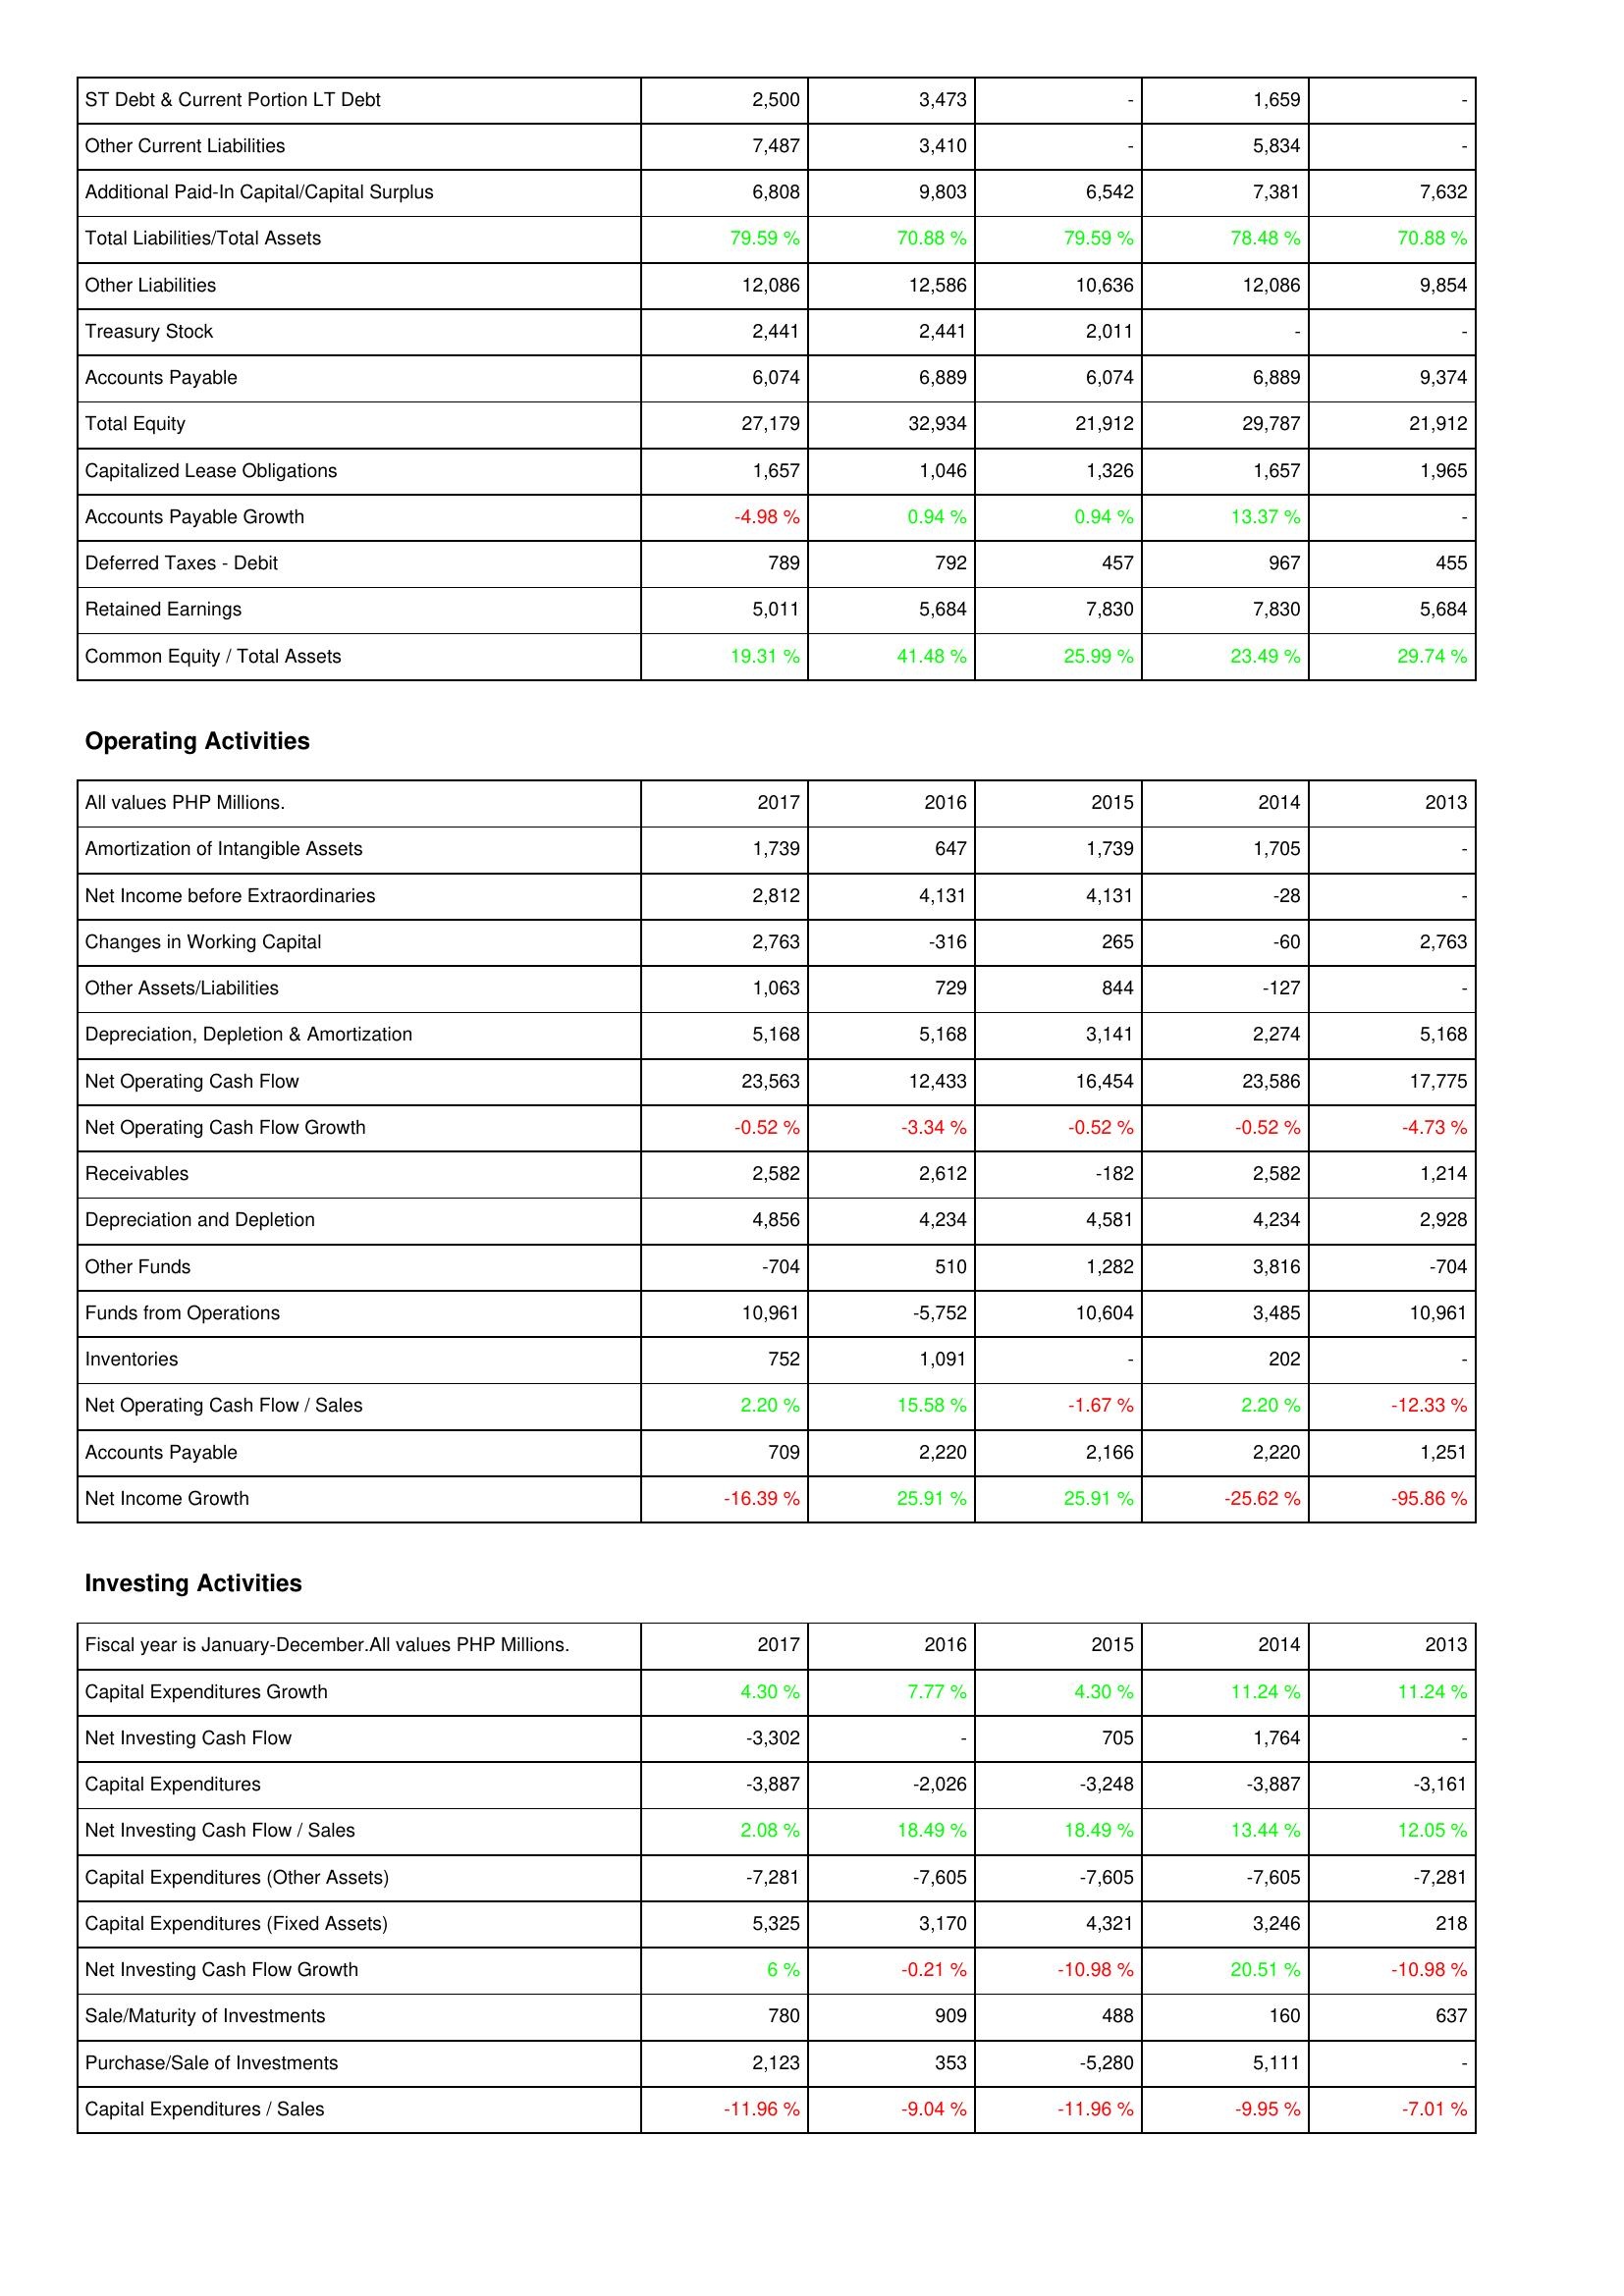
2017: Liabilities & Shareholders' Equity: ST Debt & Current Portion LT Debt: 2,500
Other Current Liabilities: 7,487
Additional Paid-In Capital/Capital Surplus: 6,808
Total Liabilities/Total Assets: 79.59 %
Other Liabilities: 12,086
Treasury Stock: 2,441
Accounts Payable: 6,074
Total Equity: 27,179
Capitalized Lease Obligations: 1,657
Accounts Payable Growth: -4.98 %
Deferred Taxes - Debit: 789
Retained Earnings: 5,011
Common Equity / Total Assets: 19.31 %
Operating Activities: Amortization of Intangible Assets: 1,739
Net Income before Extraordinaries: 2,812
Changes in Working Capital: 2,763
Other Assets/Liabilities: 1,063
Depreciation, Depletion & Amortization: 5,168
Net Operating Cash Flow: 23,563
Net Operating Cash Flow Growth: -0.52 %
Receivables: 2,582
Depreciation and Depletion: 4,856
Other Funds: -704
Funds from Operations: 10,961
Inventories: 752
Net Operating Cash Flow / Sales: 2.20 %
Accounts Payable: 709
Net Income Growth: -16.39 %
Investing Activities: Capital Expenditures Growth: 4.30 %
Net Investing Cash Flow: -3,302
Capital Expenditures: -3,887
Net Investing Cash Flow / Sales: 2.08 %
Capital Expenditures (Other Assets): -7,281
Capital Expenditures (Fixed Assets): 5,325
Net Investing Cash Flow Growth: 6 %
Sale/Maturity of Investments: 780
Purchase/Sale of Investments: 2,123
Capital Expenditures / Sales: -11.96 %
2016: Liabilities & Shareholders' Equity: ST Debt & Current Portion LT Debt: 3,473
Other Current Liabilities: 3,410
Additional Paid-In Capital/Capital Surplus: 9,803
Total Liabilities/Total Assets: 70.88 %
Other Liabilities: 12,586
Treasury Stock: 2,441
Accounts Payable: 6,889
Total Equity: 32,934
Capitalized Lease Obligations: 1,046
Accounts Payable Growth: 0.94 %
Deferred Taxes - Debit: 792
Retained Earnings: 5,684
Common Equity / Total Assets: 41.48 %
Operating Activities: Amortization of Intangible Assets: 647
Net Income before Extraordinaries: 4,131
Changes in Working Capital: -316
Other Assets/Liabilities: 729
Depreciation, Depletion & Amortization: 5,168
Net Operating Cash Flow: 12,433
Net Operating Cash Flow Growth: -3.34 %
Receivables: 2,612
Depreciation and Depletion: 4,234
Other Funds: 510
Funds from Operations: -5,752
Inventories: 1,091
Net Operating Cash Flow / Sales: 15.58 %
Accounts Payable: 2,220
Net Income Growth: 25.91 %
Investing Activities: Capital Expenditures Growth: 7.77 %
Net Investing Cash Flow: -
Capital Expenditures: -2,026
Net Investing Cash Flow / Sales: 18.49 %
Capital Expenditures (Other Assets): -7,605
Capital Expenditures (Fixed Assets): 3,170
Net Investing Cash Flow Growth: -0.21 %
Sale/Maturity of Investments: 909
Purchase/Sale of Investments: 353
Capital Expenditures / Sales: -9.04 %
2015: Liabilities & Shareholders' Equity: ST Debt & Current Portion LT Debt: -
Other Current Liabilities: -
Additional Paid-In Capital/Capital Surplus: 6,542
Total Liabilities/Total Assets: 79.59 %
Other Liabilities: 10,636
Treasury Stock: 2,011
Accounts Payable: 6,074
Total Equity: 21,912
Capitalized Lease Obligations: 1,326
Accounts Payable Growth: 0.94 %
Deferred Taxes - Debit: 457
Retained Earnings: 7,830
Common Equity / Total Assets: 25.99 %
Operating Activities: Amortization of Intangible Assets: 1,739
Net Income before Extraordinaries: 4,131
Changes in Working Capital: 265
Other Assets/Liabilities: 844
Depreciation, Depletion & Amortization: 3,141
Net Operating Cash Flow: 16,454
Net Operating Cash Flow Growth: -0.52 %
Receivables: -182
Depreciation and Depletion: 4,581
Other Funds: 1,282
Funds from Operations: 10,604
Inventories: -
Net Operating Cash Flow / Sales: -1.67 %
Accounts Payable: 2,166
Net Income Growth: 25.91 %
Investing Activities: Capital Expenditures Growth: 4.30 %
Net Investing Cash Flow: 705
Capital Expenditures: -3,248
Net Investing Cash Flow / Sales: 18.49 %
Capital Expenditures (Other Assets): -7,605
Capital Expenditures (Fixed Assets): 4,321
Net Investing Cash Flow Growth: -10.98 %
Sale/Maturity of Investments: 488
Purchase/Sale of Investments: -5,280
Capital Expenditures / Sales: -11.96 %
2014: Liabilities & Shareholders' Equity: ST Debt & Current Portion LT Debt: 1,659
Other Current Liabilities: 5,834
Additional Paid-In Capital/Capital Surplus: 7,381
Total Liabilities/Total Assets: 78.48 %
Other Liabilities: 12,086
Treasury Stock: -
Accounts Payable: 6,889
Total Equity: 29,787
Capitalized Lease Obligations: 1,657
Accounts Payable Growth: 13.37 %
Deferred Taxes - Debit: 967
Retained Earnings: 7,830
Common Equity / Total Assets: 23.49 %
Operating Activities: Amortization of Intangible Assets: 1,705
Net Income before Extraordinaries: -28
Changes in Working Capital: -60
Other Assets/Liabilities: -127
Depreciation, Depletion & Amortization: 2,274
Net Operating Cash Flow: 23,586
Net Operating Cash Flow Growth: -0.52 %
Receivables: 2,582
Depreciation and Depletion: 4,234
Other Funds: 3,816
Funds from Operations: 3,485
Inventories: 202
Net Operating Cash Flow / Sales: 2.20 %
Accounts Payable: 2,220
Net Income Growth: -25.62 %
Investing Activities: Capital Expenditures Growth: 11.24 %
Net Investing Cash Flow: 1,764
Capital Expenditures: -3,887
Net Investing Cash Flow / Sales: 13.44 %
Capital Expenditures (Other Assets): -7,605
Capital Expenditures (Fixed Assets): 3,246
Net Investing Cash Flow Growth: 20.51 %
Sale/Maturity of Investments: 160
Purchase/Sale of Investments: 5,111
Capital Expenditures / Sales: -9.95 %
2013: Liabilities & Shareholders' Equity: ST Debt & Current Portion LT Debt: -
Other Current Liabilities: -
Additional Paid-In Capital/Capital Surplus: 7,632
Total Liabilities/Total Assets: 70.88 %
Other Liabilities: 9,854
Treasury Stock: -
Accounts Payable: 9,374
Total Equity: 21,912
Capitalized Lease Obligations: 1,965
Accounts Payable Growth: -
Deferred Taxes - Debit: 455
Retained Earnings: 5,684
Common Equity / Total Assets: 29.74 %
Operating Activities: Amortization of Intangible Assets: -
Net Income before Extraordinaries: -
Changes in Working Capital: 2,763
Other Assets/Liabilities: -
Depreciation, Depletion & Amortization: 5,168
Net Operating Cash Flow: 17,775
Net Operating Cash Flow Growth: -4.73 %
Receivables: 1,214
Depreciation and Depletion: 2,928
Other Funds: -704
Funds from Operations: 10,961
Inventories: -
Net Operating Cash Flow / Sales: -12.33 %
Accounts Payable: 1,251
Net Income Growth: -95.86 %
Investing Activities: Capital Expenditures Growth: 11.24 %
Net Investing Cash Flow: -
Capital Expenditures: -3,161
Net Investing Cash Flow / Sales: 12.05 %
Capital Expenditures (Other Assets): -7,281
Capital Expenditures (Fixed Assets): 218
Net Investing Cash Flow Growth: -10.98 %
Sale/Maturity of Investments: 637
Purchase/Sale of Investments: -
Capital Expenditures / Sales: -7.01 %